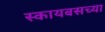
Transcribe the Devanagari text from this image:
स्कायबसच्या